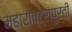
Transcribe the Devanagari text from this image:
महाराष्ट्रापुरती